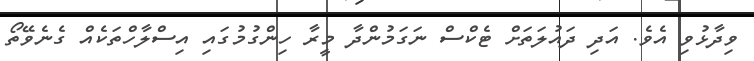
ވިދާޅުވި އެވެ. އަދި ދައުލަތަށް ޓެކްސް ނަގަމުންދާ މީރާ ހިންގުމުގައި އިސްލާހްތަކެއް ގެނެވޭތޯ